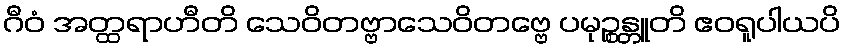
ဂီဝံ အတ္ထရာဟီတိ သေဝိတဗ္ဗာသေဝိတဗ္ဗေ ပမုဉ္စန္တူတိ ဧဝရူပါယပိ